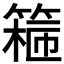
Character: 𬕣